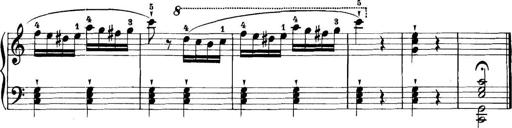
Title: 11 Sonatinas
Composer: Anton Diabelli